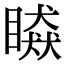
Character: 䁭